Document type: Emphyteutic lease
Year: 1281
Scribe: Pere Marquès
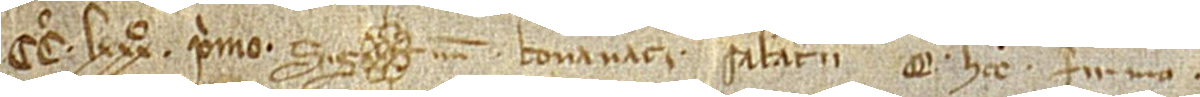
CCº LXXXº primo. Sig(signe)num Bonanati Sabaterii, qui hoc firmo.